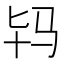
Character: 𱅀